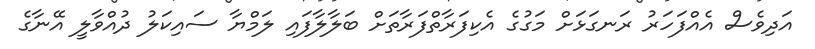
އަދިވެސް އެއްފަހަރު ރަނގަޅަށް މަގުގެ އެކިފަރާތްފަރާތަށް ބަލާލާފައި ލަމްޔާ ސައިކަލު ދުއްވާލީ އޭނާގެ